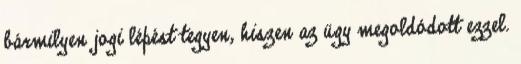
bármilyen jogi lépést tegyen, hiszen az ügy megoldódott ezzel.